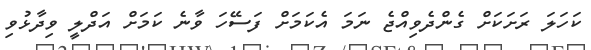
ކަހަލަ ރަށަކަށް ގެންދެވިއްޖެ ނަމަ އެކަމަށް ފަސޭހަ ވާނެ ކަމަށް އަދްލީ ވިދާޅުވި